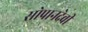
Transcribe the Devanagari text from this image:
सोपानदेवी